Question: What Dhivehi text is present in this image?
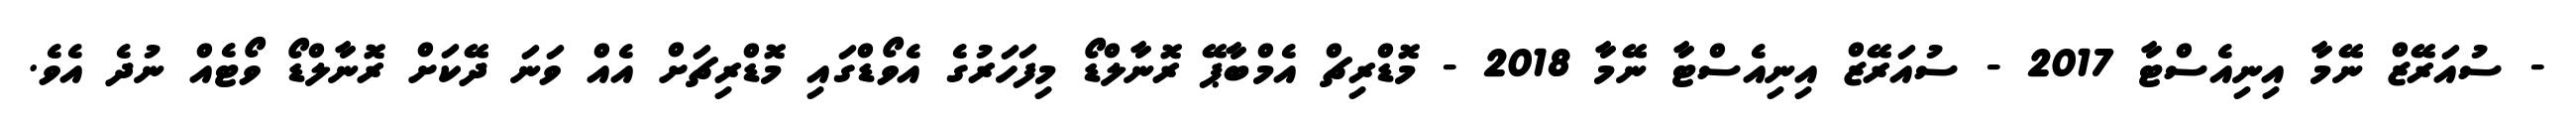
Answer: - ސުއަރޭޒް ނޭމާ އިނިއެސްޓާ 2017 - ސުއަރޭޒް އިނިއެސްޓާ ނޭމާ 2018 - މޮޑްރިޗް އެމްބާޕޭ ރޮނާލްޑޯ މިފަހަރުގެ އެވޯޑްގައި މޮޑްރިޗަށް އެއް ވަނަ ދޭކަށް ރޮނާލްޑޯ ވޯޓެއް ނުދެ އެވެ.